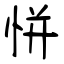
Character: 恲